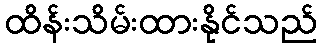
ထိန်းသိမ်းထားနိုင်သည်